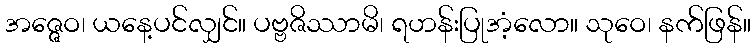
အဇ္ဇေဝ၊ ယနေ့ပင်လျှင်။ ပဗ္ဗဇိဿာမိ၊ ရဟန်းပြုအံ့လော။ သုဝေ၊ နက်ဖြန်။